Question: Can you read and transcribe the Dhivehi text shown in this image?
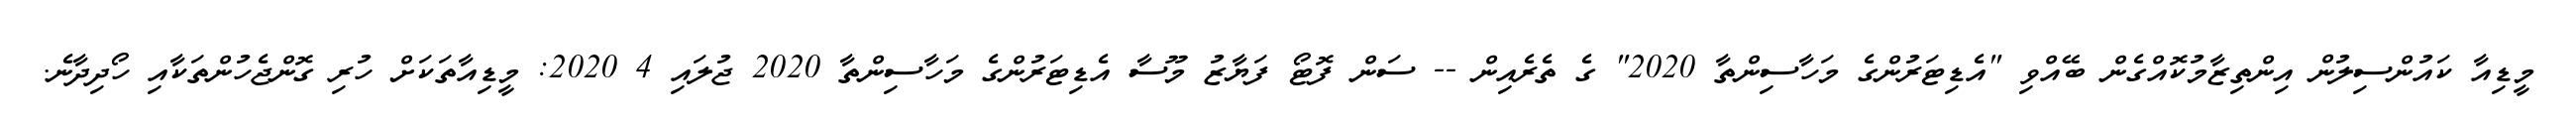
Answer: މީޑިއާ ކައުންސިލުން އިންތިޒާމުކޮއްގެން ބޭއްވި "އެޑިޓަރުންގެ މަހާސިންތާ 2020" ގެ ތެރެއިން -- ސަން ފޮޓޯ ފަޔާޒު މޫސާ އެޑިޓަރުންގެ މަހާސިންތާ 2020 ޖުލައި 4 2020: މީޑިއާތަކަށް ހުރި ގޮންޖެހުންތަކާއި ހޯދިދާނެ.